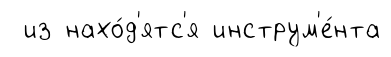
из нахо́д'ятс'я инструм'е́нта